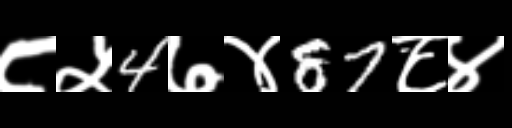
Text: ८५4७४87८४